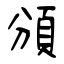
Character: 頒